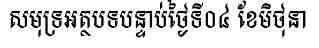
សមុទ្រអត្ថបទបន្ទាប់ថ្ងៃទី០៤ ខែមិថុនា